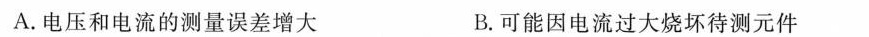
A.电压和电流的测量误差增大 B.可能因电流过大烧坏待测元件